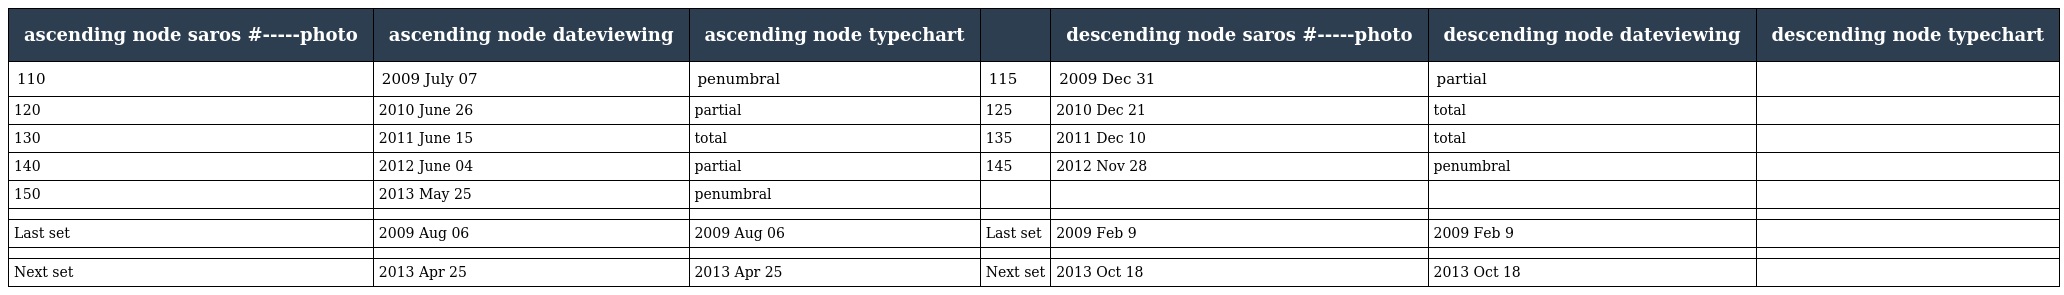
| ascending node saros #-----photo | ascending node dateviewing | ascending node typechart |  | descending node saros #-----photo | descending node dateviewing | descending node typechart |
 | --- | --- | --- | --- | --- | --- | --- |
 | 110 | 2009 July 07 | penumbral | 115 | 2009 Dec 31 | partial |  |
 | 120 | 2010 June 26 | partial | 125 | 2010 Dec 21 | total |  |
 | 130 | 2011 June 15 | total | 135 | 2011 Dec 10 | total |  |
 | 140 | 2012 June 04 | partial | 145 | 2012 Nov 28 | penumbral |  |
 | 150 | 2013 May 25 | penumbral |  |  |  |  |
 |  |  |  |  |  |  |  |
 | Last set | 2009 Aug 06 | 2009 Aug 06 | Last set | 2009 Feb 9 | 2009 Feb 9 |  |
 |  |  |  |  |  |  |  |
 | Next set | 2013 Apr 25 | 2013 Apr 25 | Next set | 2013 Oct 18 | 2013 Oct 18 |  |